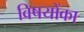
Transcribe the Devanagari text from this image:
विषयोंका